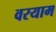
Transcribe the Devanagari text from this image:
वरयाम